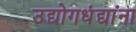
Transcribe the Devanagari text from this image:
उद्योगधंद्यांना